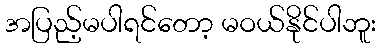
အပြည့်မပါရင်တော့ မဝယ်နိုင်ပါဘူး